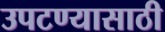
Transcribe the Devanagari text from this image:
उपटण्यासाठी